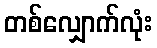
တစ်လျှောက်လုံး